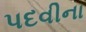
પદવીના